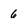
Character: 6